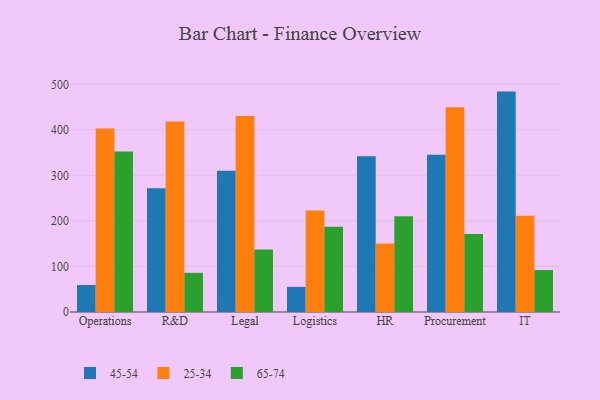
{"axis": {"x": "Department", "y": "Headcount"}, "legend": ["25-34", "45-54", "65-74"], "data": [{"x": "Operations", "y": 59.2, "type": "45-54"}, {"x": "Operations", "y": 403.0, "type": "25-34"}, {"x": "Operations", "y": 352.7, "type": "65-74"}, {"x": "R&D", "y": 271.6, "type": "45-54"}, {"x": "R&D", "y": 418.6, "type": "25-34"}, {"x": "R&D", "y": 86.0, "type": "65-74"}, {"x": "Legal", "y": 310.1, "type": "45-54"}, {"x": "Legal", "y": 430.3, "type": "25-34"}, {"x": "Legal", "y": 137.2, "type": "65-74"}, {"x": "Logistics", "y": 55.1, "type": "45-54"}, {"x": "Logistics", "y": 222.8, "type": "25-34"}, {"x": "Logistics", "y": 187.1, "type": "65-74"}, {"x": "HR", "y": 342.1, "type": "45-54"}, {"x": "HR", "y": 150.7, "type": "25-34"}, {"x": "HR", "y": 210.4, "type": "65-74"}, {"x": "Procurement", "y": 345.4, "type": "45-54"}, {"x": "Procurement", "y": 449.9, "type": "25-34"}, {"x": "Procurement", "y": 171.5, "type": "65-74"}, {"x": "IT", "y": 484.0, "type": "45-54"}, {"x": "IT", "y": 211.4, "type": "25-34"}, {"x": "IT", "y": 92.1, "type": "65-74"}]}